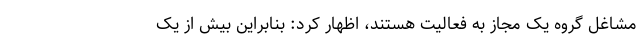
مشاغل گروه یک مجاز به فعالیت هستند، اظهار کرد: بنابراین بیش از یک